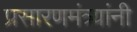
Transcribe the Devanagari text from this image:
प्रसारणमंत्र्यांनी